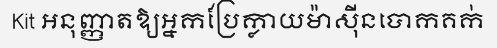
Kit អនុញ្ញាតឱ្យអ្នកប្រែក្លាយម៉ាស៊ីនបោកគក់